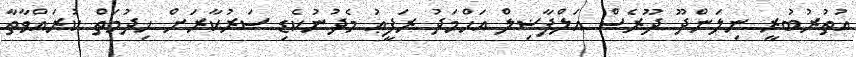
އުތުރުބުރީ ނިލަންދޫ ދޫރެސް އަލްފާޟިލް އަޙްމަދު ރަފީޢު މެދުނުކެޑި ސަރުކާރަށް ޚިދުމަތް ކުރައްވާތާ